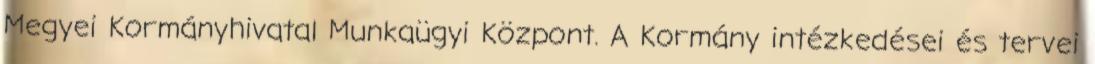
Megyei Kormányhivatal Munkaügyi Központ. A Kormány intézkedései és tervei